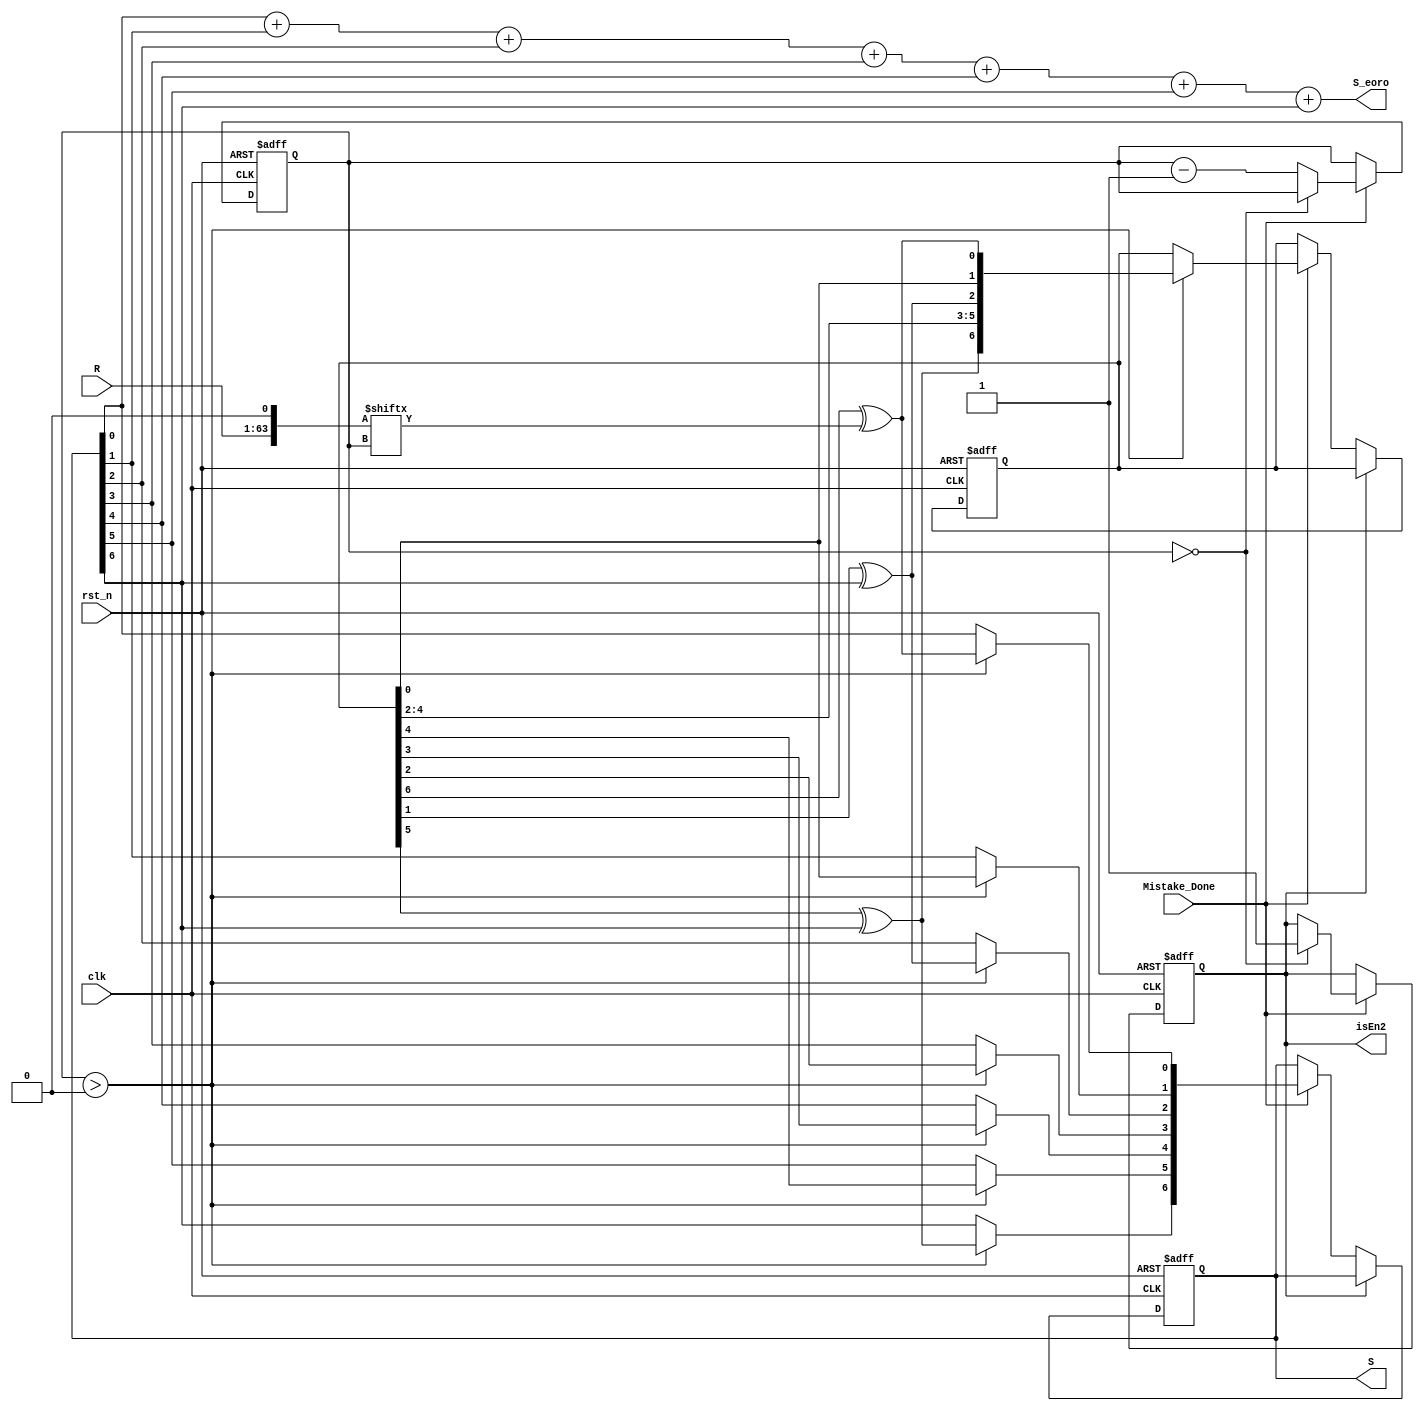
//`timescale 1ns / 1ps revised 2
`timescale 1ns / 1ns
module syndrome( 
					Mistake_Done,
              clk,
              rst_n,
              R,
              S,
              S_eoro,
//              isEn2, revised 7
				   isEn2
              );
	input Mistake_Done;
  input clk,rst_n;
  input [62:0] R; //"R" is the output value of module "mistake"
  output [6:0] S; //this is the 7-bit syndrome
  output isEn2;
  output [2:0] S_eoro;
  reg [6:0] y; 
  reg [6:0] yp;
 
//  reg [6:0] i;
//  reg [8:0] i;//0-511?????
  reg [5:0] j;//1-63???j???
//    reg [6:0] y=7'b0; 
//  reg [6:0] yp=7'b0;
//  reg [6:0] i=7'd63;
  wire [63:0] R_t;
  assign R_t={R,1'b0}; //R_t is the temporary value of R, which add a 0 on its right
  reg isEnd2;
  
//  reg [2:0]Pos;
//	reg [1:0]Pos;
  
  //********Caculate syndrome S**********//
  always@(posedge clk or negedge rst_n) begin
    if(!rst_n) begin
      y=7'b0; 
      yp=7'b0;
//		Pos=3'd0;
//		Pos<=2'd0;
//		isEnd2<=1'b0;
		end
		else begin
		if(isEnd2==1'b0)begin
		if(Mistake_Done)begin
		  if (j>6'd0) begin
//					case (Pos)
//		  3'd0 : 
//			  begin 
//				y <= {y[6:1],yp[6]^R_t[j]};
					y[0]=yp[6]^R_t[j];
//					Pos<=Pos+3'd1;
//			  end	
//			  
//		  3'd1 :
//			  begin 
//			  y <= {y[6:2],yp[0],y[0]};
					 y[1]=yp[0];
//					Pos<=Pos+3'd1;
//			  end			  
//		  3'd2 :
//			  begin 
//			  y <= {y[6:3],yp[1]^y[6],y[1:0]};
					y[2]=yp[1]^y[6];
//					Pos<=Pos+3'd1;
//			  end		
//		  3'd3 :
//			  begin 
//			  y <= {y[6:4],yp[2],y[2:0]};
					 y[3]=yp[2];
//					Pos<=Pos+3'd1;
//			  end		
//		  3'd4 :
//			  begin 
//			  y <= {y[6:5],yp[3],y[3:0]};
					y[4]=yp[3];
//					Pos<=Pos+3'd1;
//			  end		
//		  3'd5 :
//			  begin 
//			  y <= {y[6],yp[4],y[4:0]};
					 y[5]=yp[4];
//					Pos<=Pos+3'd1;
//			  end		
//		  3'd6 :
//			  begin 
//			  y <= {yp[5]^y[6],y[5:0]};
					 y[6]=yp[5]^y[6];
//					Pos<=Pos+3'd1;
//			  end					  
//		  3'd7 :
//			  begin 
					 yp=y;
//					Pos<=Pos+3'd1;
//			  end				  
//			  endcase
      end
		end
  end
  end
	end
//	reg [2:0] count_num;
//	
//  always@(posedge clk or negedge rst_n)
//	  begin
//	  if(!rst_n)
//		  count_num<=3'd0;
//		  else if(Mistake_Done==1'b1)
//			  begin
//			  if(count_num==3'd7)
////				  clk_8<=~clk_8;
//				  count_num<=3'd0;
//			  else 
//				  count_num<=count_num+1'd1;
//
//			  end
//			end

  always@(posedge clk or negedge rst_n)
	  begin
	  if(!rst_n)
		  begin
		  j=6'd63;
		  isEnd2=1'b0;
		  end
	  else if(Mistake_Done==1'b1)
		  begin
		  if(j==6'd0)
			isEnd2=1'b1;
		  else 
//		  if(count_num==3'd7)
		  j=j-1'd1;
		  end
		end  
  
  
  assign S=y;
  assign isEn2=isEnd2;
  assign S_eoro=S[0]+S[1]+S[2]+S[3]+S[4]+S[5]+S[6];
  
endmodule